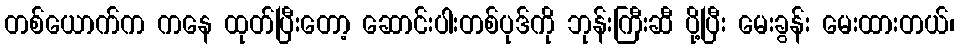
တစ်ယောက်က ကနေ ထုတ်ပြီးတော့ ဆောင်းပါးတစ်ပုဒ်ကို ဘုန်းကြီးဆီ ပို့ပြီး မေးခွန်း မေးထားတယ်၊